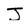
Character: J